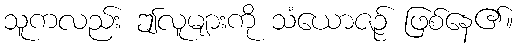
သူကလည်း ဤလူများကို သံယောဇဉ် ဖြစ်နေ၏။